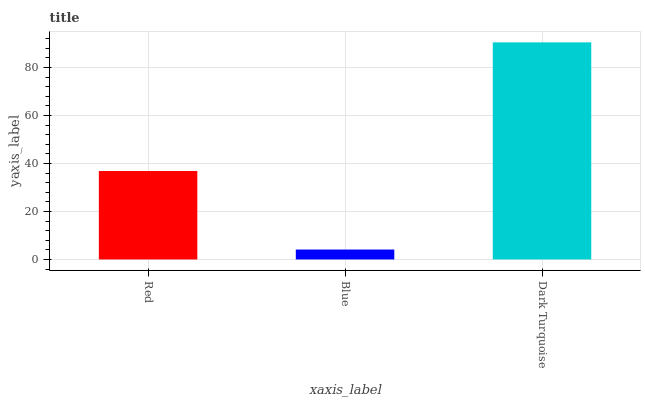
| xaxis_label | bars |
 | --- | --- |
 | Red | 36.9 |
 | Blue | 4.14 |
 | Dark Turquoise | 90.5 |